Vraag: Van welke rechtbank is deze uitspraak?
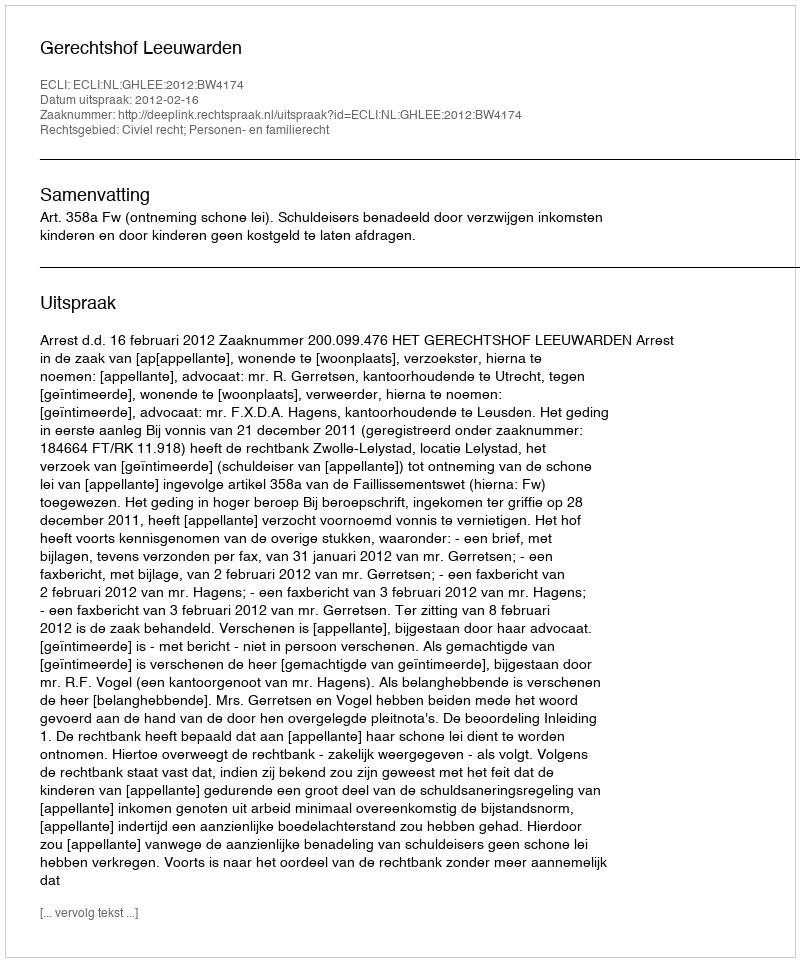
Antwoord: Gerechtshof Leeuwarden